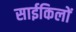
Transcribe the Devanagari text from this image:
साईकिलों